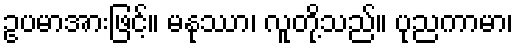
ဥပမာအားဖြင့်။ မနုဿာ၊ လူတို့သည်။ ပုညကာမာ၊